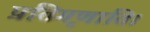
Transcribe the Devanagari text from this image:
प्रतिगृणाति।